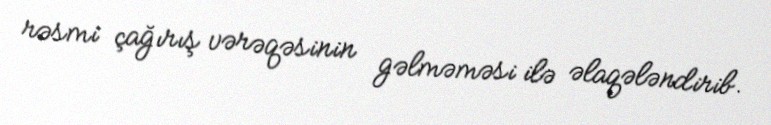
rəsmi çağırış vərəqəsinin gəlməməsi ilə əlaqələndirib.